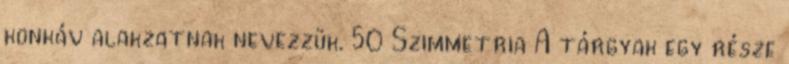
konkáv alakzatnak nevezzük. 50 Szimmetria A tárgyak egy része